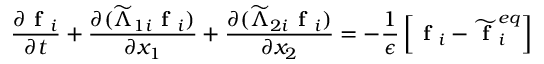
\frac { \partial \textbf { f } _ { i } } { \partial t } + \frac { \partial ( \widetilde { \Lambda } _ { 1 i } \textbf { f } _ { i } ) } { \partial x _ { 1 } } + \frac { \partial ( \widetilde { \Lambda } _ { 2 i } \textbf { f } _ { i } ) } { \partial x _ { 2 } } = - \frac { 1 } { \epsilon } \left[ \textbf { f } _ { i } - \widetilde { \textbf { f } } _ { i } ^ { e q } \right]